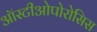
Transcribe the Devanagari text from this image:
ऑस्टीओपोरोसिस